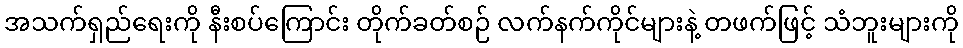
အသက်ရှည်ရေးကို နီးစပ်ကြောင်း တိုက်ခတ်စဉ် လက်နက်ကိုင်များနဲ့ တဖက်ဖြင့် သံဘူးများကို